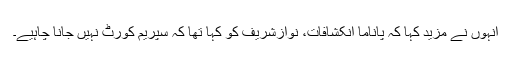
انہوں نے مزید کہا کہ پاناما انکشافات، نوازشریف کو کہا تھا کہ سپریم کورٹ نہیں جانا چاہیے۔